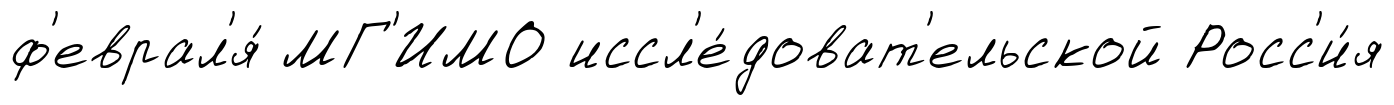
ф'еврал'я́ МГ'ИМО иссл'е́доват'ельской Росс'и́я